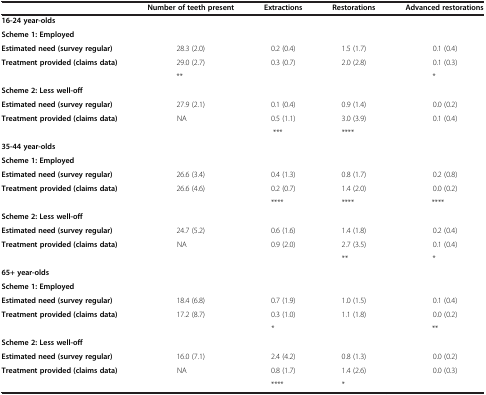
<table><thead><tr><td><b> </b></td><td><b>Number of teeth present</b></td><td><b>Extractions</b></td><td><b>Restorations</b></td><td><b>Advanced restorations</b></td></tr></thead><tbody><tr><td><b>16-24 year-olds</b></td><td> </td><td> </td><td> </td><td> </td></tr><tr><td><b>Scheme 1: Employed</b></td><td> </td><td> </td><td> </td><td> </td></tr><tr><td><b>Estimated need (survey regular)</b></td><td>28.3 (2.0)</td><td>0.2 (0.4)</td><td>1.5 (1.7)</td><td>0.1 (0.4)</td></tr><tr><td><b>Treatment provided (claims data)</b></td><td>29.0 (2.7)</td><td>0.3 (0.7)</td><td>2.0 (2.8)</td><td>0.1 (0.3)</td></tr><tr><td> </td><td>**</td><td> </td><td> </td><td>*</td></tr><tr><td><b>Scheme 2: Less well-off</b></td><td> </td><td> </td><td> </td><td> </td></tr><tr><td><b>Estimated need (survey regular)</b></td><td>27.9 (2.1)</td><td>0.1 (0.4)</td><td>0.9 (1.4)</td><td>0.0 (0.2)</td></tr><tr><td><b>Treatment provided (claims data)</b></td><td>NA</td><td>0.5 (1.1)</td><td>3.0 (3.9)</td><td>0.1 (0.4)</td></tr><tr><td> </td><td> </td><td>***</td><td>****</td><td> </td></tr><tr><td><b>35-44 year-olds</b></td><td> </td><td> </td><td> </td><td> </td></tr><tr><td><b>Scheme 1: Employed</b></td><td> </td><td> </td><td> </td><td> </td></tr><tr><td><b>Estimated need (survey regular)</b></td><td>26.6 (3.4)</td><td>0.4 (1.3)</td><td>0.8 (1.7)</td><td>0.2 (0.8)</td></tr><tr><td><b>Treatment provided (claims data)</b></td><td>26.6 (4.6)</td><td>0.2 (0.7)</td><td>1.4 (2.0)</td><td>0.0 (0.2)</td></tr><tr><td> </td><td> </td><td>****</td><td>****</td><td>****</td></tr><tr><td><b>Scheme 2: Less well-off</b></td><td> </td><td> </td><td> </td><td> </td></tr><tr><td><b>Estimated need (survey regular)</b></td><td>24.7 (5.2)</td><td>0.6 (1.6)</td><td>1.4 (1.8)</td><td>0.2 (0.4)</td></tr><tr><td><b>Treatment provided (claims data)</b></td><td>NA</td><td>0.9 (2.0)</td><td>2.7 (3.5)</td><td>0.1 (0.4)</td></tr><tr><td> </td><td> </td><td> </td><td>**</td><td>*</td></tr><tr><td><b>65+ year-olds</b></td><td> </td><td> </td><td> </td><td> </td></tr><tr><td><b>Scheme 1: Employed</b></td><td> </td><td> </td><td> </td><td> </td></tr><tr><td><b>Estimated need (survey regular)</b></td><td>18.4 (6.8)</td><td>0.7 (1.9)</td><td>1.0 (1.5)</td><td>0.1 (0.4)</td></tr><tr><td><b>Treatment provided (claims data)</b></td><td>17.2 (8.7)</td><td>0.3 (1.0)</td><td>1.1 (1.8)</td><td>0.0 (0.2)</td></tr><tr><td> </td><td> </td><td>*</td><td> </td><td>**</td></tr><tr><td><b>Scheme 2: Less well-off</b></td><td> </td><td> </td><td> </td><td> </td></tr><tr><td><b>Estimated need (survey regular)</b></td><td>16.0 (7.1)</td><td>2.4 (4.2)</td><td>0.8 (1.3)</td><td>0.0 (0.2)</td></tr><tr><td><b>Treatment provided (claims data)</b></td><td>NA</td><td>0.8 (1.7)</td><td>1.4 (2.6)</td><td>0.0 (0.3)</td></tr><tr><td> </td><td> </td><td>****</td><td>*</td><td> </td></tr></tbody></table>